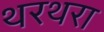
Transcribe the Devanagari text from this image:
थरथरा